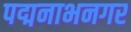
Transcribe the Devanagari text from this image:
पद्मनाभनगर